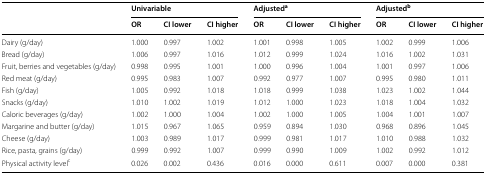
| <ROWSPAN=2>  | <COLSPAN=3> Univariable | <COLSPAN=3> Adjusteda | <COLSPAN=3> Adjustedb |
 | OR | CI lower | CI higher | OR | CI lower | CI higher | OR | CI lower | CI higher |
 | --- | --- | --- | --- | --- | --- | --- | --- | --- | --- |
 | Dairy (g/day) | 1.000 | 0.997 | 1.002 | 1.001 | 0.998 | 1.005 | 1.002 | 0.999 | 1.006 |
 | Bread (g/day) | 1.006 | 0.997 | 1.016 | 1.012 | 0.999 | 1.024 | 1.016 | 1.002 | 1.031 |
 | Fruit, berries and vegetables (g/day) | 0.998 | 0.995 | 1.001 | 1.000 | 0.996 | 1.004 | 1.001 | 0.997 | 1.006 |
 | Red meat (g/day) | 0.995 | 0.983 | 1.007 | 0.992 | 0.977 | 1.007 | 0.995 | 0.980 | 1.011 |
 | Fish (g/day) | 1.005 | 0.992 | 1.018 | 1.018 | 0.999 | 1.038 | 1.023 | 1.002 | 1.044 |
 | Snacks (g/day) | 1.010 | 1.002 | 1.019 | 1.012 | 1.000 | 1.023 | 1.018 | 1.004 | 1.032 |
 | Caloric beverages (g/day) | 1.002 | 1.000 | 1.004 | 1.002 | 1.000 | 1.005 | 1.004 | 1.001 | 1.007 |
 | Margarine and butter (g/day) | 1.015 | 0.967 | 1.065 | 0.959 | 0.894 | 1.030 | 0.968 | 0.896 | 1.045 |
 | Cheese (g/day) | 1.003 | 0.989 | 1.017 | 0.999 | 0.981 | 1.017 | 1.010 | 0.988 | 1.032 |
 | Rice, pasta, grains (g/day) | 0.999 | 0.992 | 1.007 | 0.999 | 0.990 | 1.009 | 1.002 | 0.992 | 1.012 |
 | Physical activity levelc | 0.026 | 0.002 | 0.436 | 0.016 | 0.000 | 0.611 | 0.007 | 0.000 | 0.381 |